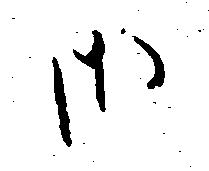
御